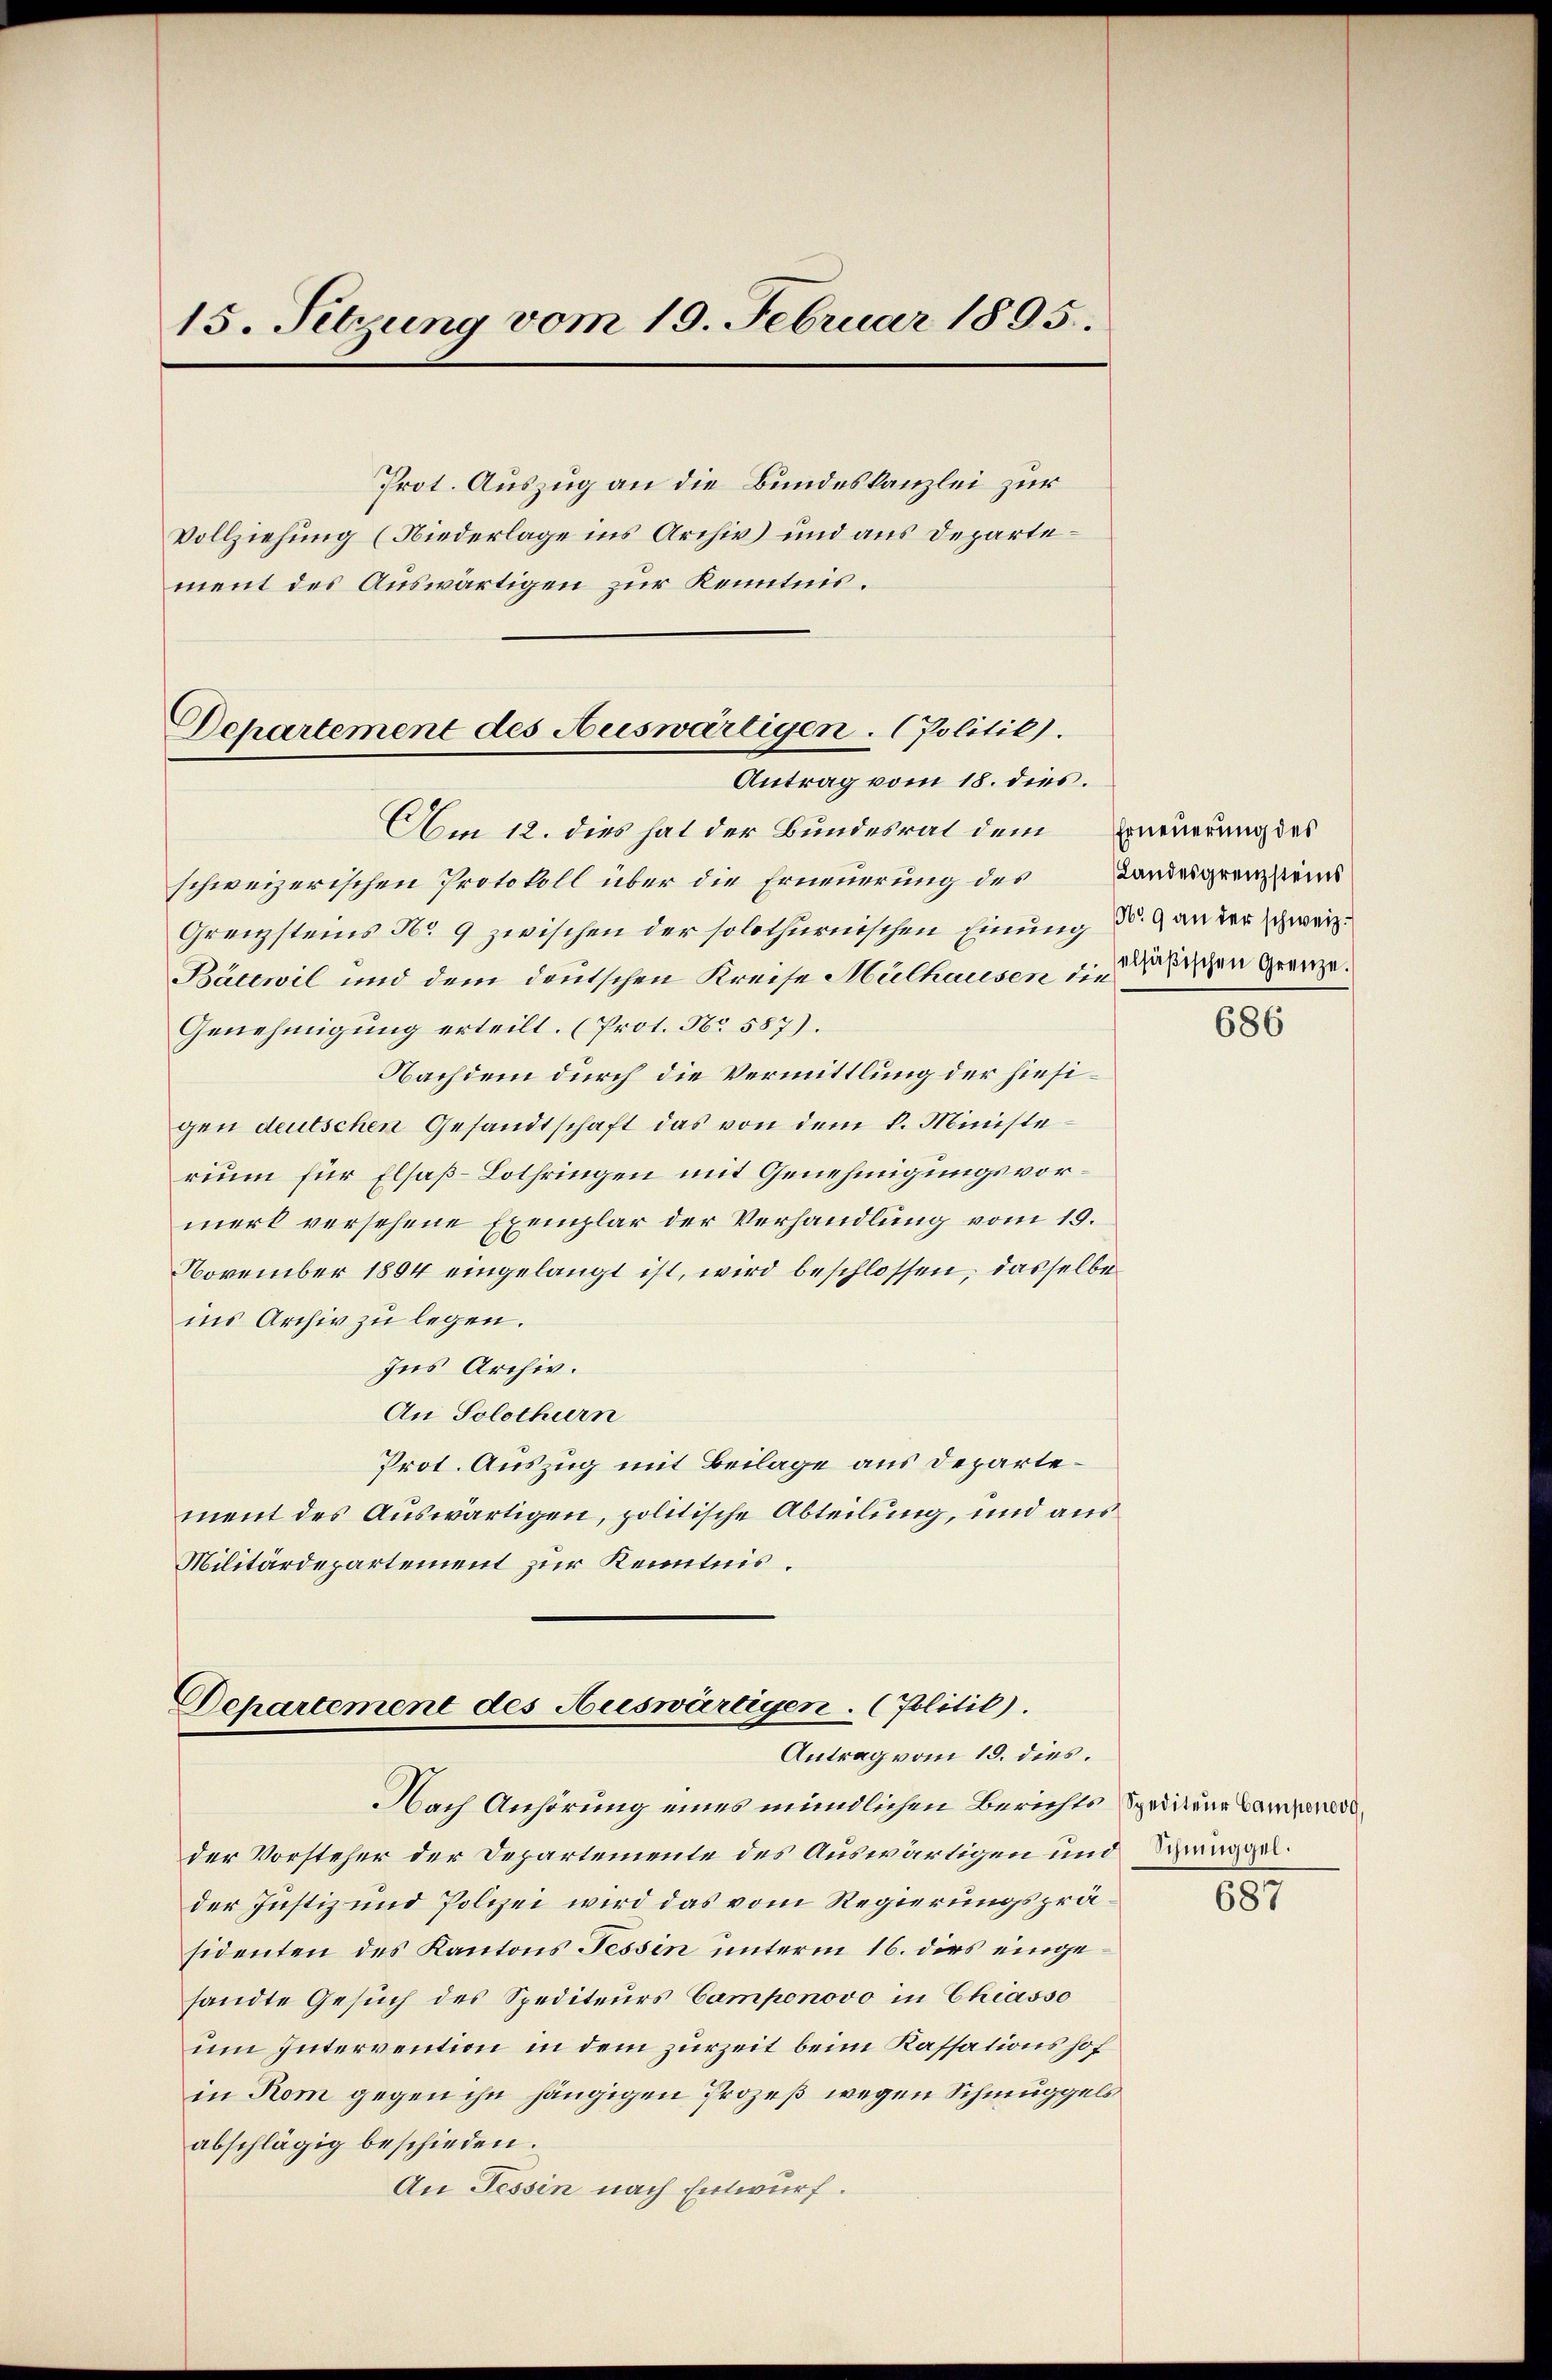
15. Sitzung vom 19. Februar 1895.

Prot. Auszug an die Bundeskanzlei zur
Vollziehung (Niederlage ins Archiv) und aus Departement des Auswärtigen zur Kenntnis.

Departement des Auswärtigen. (Politik.
Antrag vom 18. dies.

Am 12. dies hat der Bundesrat dem Erneuerung des
schweizerischen Protokoll über die Erneuerung des Landesgrenzzeins
Grenzsteins No 9 zwischen der solothurnischen Einung d. 9 an der schweiz.
Bättwil und dem deutschen Kreise Mülhausen die dischen Grenze.
Genehmigung erteilt. (Prot. No. 587).
Nachdem durch die Vermittlung der hiesigen deutschen Gesandtschaft das von dem k. Ministerium für Elsaß-Lothringen mit Genehmigungsvormerk versehene Exemplar der Verhandlung vom 19.
November 1804 eingelangt ist, wird beschlossen, dasselbe
ins Archiv zu legen.
Ius Archiv.
An Solothurn
Prot. Auszug mit Beilage aus Departement des Auswärtigen, politische Abteilung, und aus
Militärdepartement zur Kenntnis.

Departement des Auswärtigen. (Politic).
Antrag vom 19. dies.

Nach Anhörung eines mündlichen Berichts Spridiene Lamperade
der Vorsteher der Departemente des Auswärtigen und Henggelder Justiz und Polizei wird das vom Regierungspräsidenten des Kantons Tessin unterm 16. dies eingesandte Gesuch des Spediteurs Camponovo in Chiasso
um Intervention in dem zurzeit beim Kassationshof
in Rom gegen ihn hängigen Prozeß wegen Schmuggels
abschlägig beschieden.
An Tessin nach Entwurf.

686

687